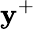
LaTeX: \mathbf{y}^{+}